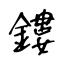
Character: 鏤